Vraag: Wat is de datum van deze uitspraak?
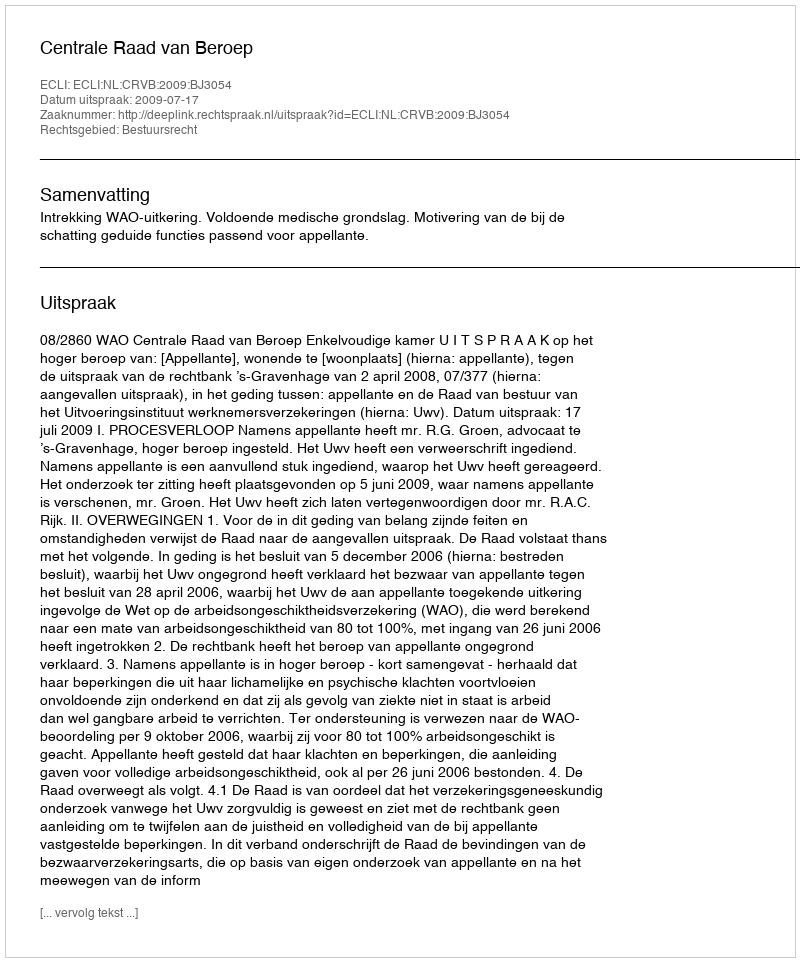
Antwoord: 2009-07-17